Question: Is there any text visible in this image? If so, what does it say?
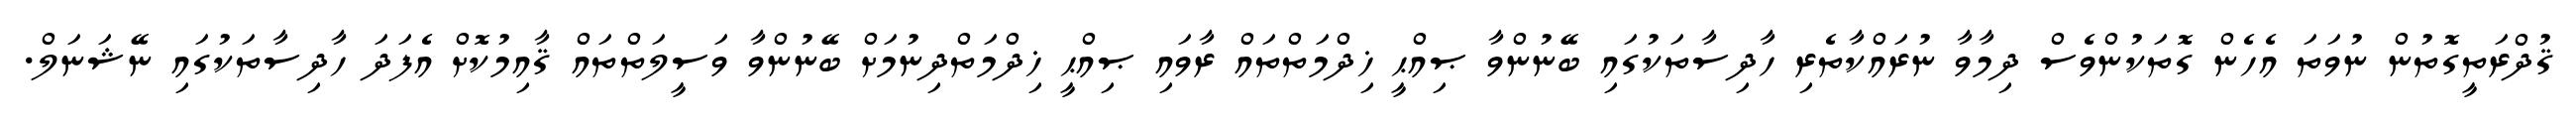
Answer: ޤުދްރަތީގޮތުން ނުވަތަ އެހެން ގޮތަކުންވެސް ދިމާވާ ނުރައްކާތެރި ހާދިސާތަކުގައި ބޭނުންވާ ޞިއްޙީ ޚިދްމަތްތައް ރާވައި ޞިއްޙީ ޚިދްމަތްދިނުމަށް ބޭނުންވާ ވަސީލަތްތައް ޤާއިމުކޮށް އެފަދަ ހާދިސާތަކުގައި ނޭޝަނަލް.